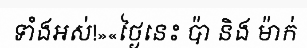
ទាំងអស់!»«ថ្ងៃនេះ ប៉ា និង ម៉ាក់